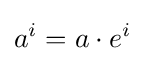
a^{i}=a\cdot e^{i}\